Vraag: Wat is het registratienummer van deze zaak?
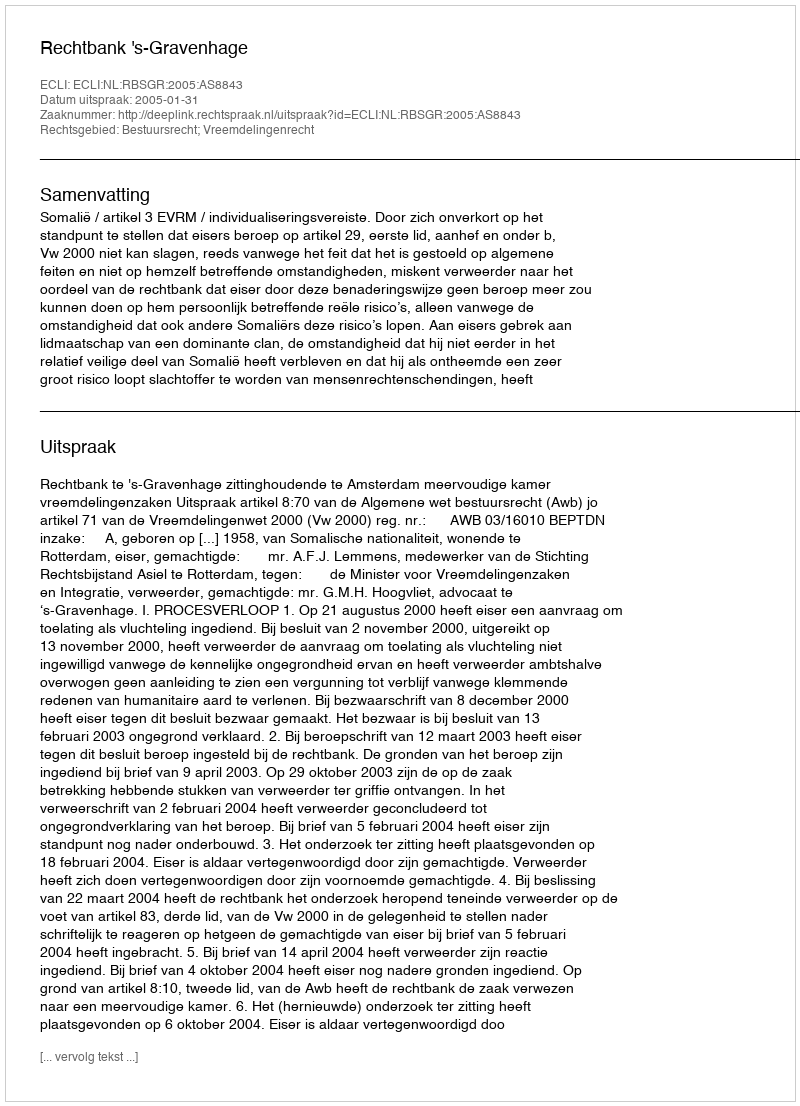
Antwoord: http://deeplink.rechtspraak.nl/uitspraak?id=ECLI:NL:RBSGR:2005:AS8843